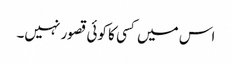
اس میں کسی کا کوئی قصور نہیں۔